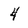
Character: 4